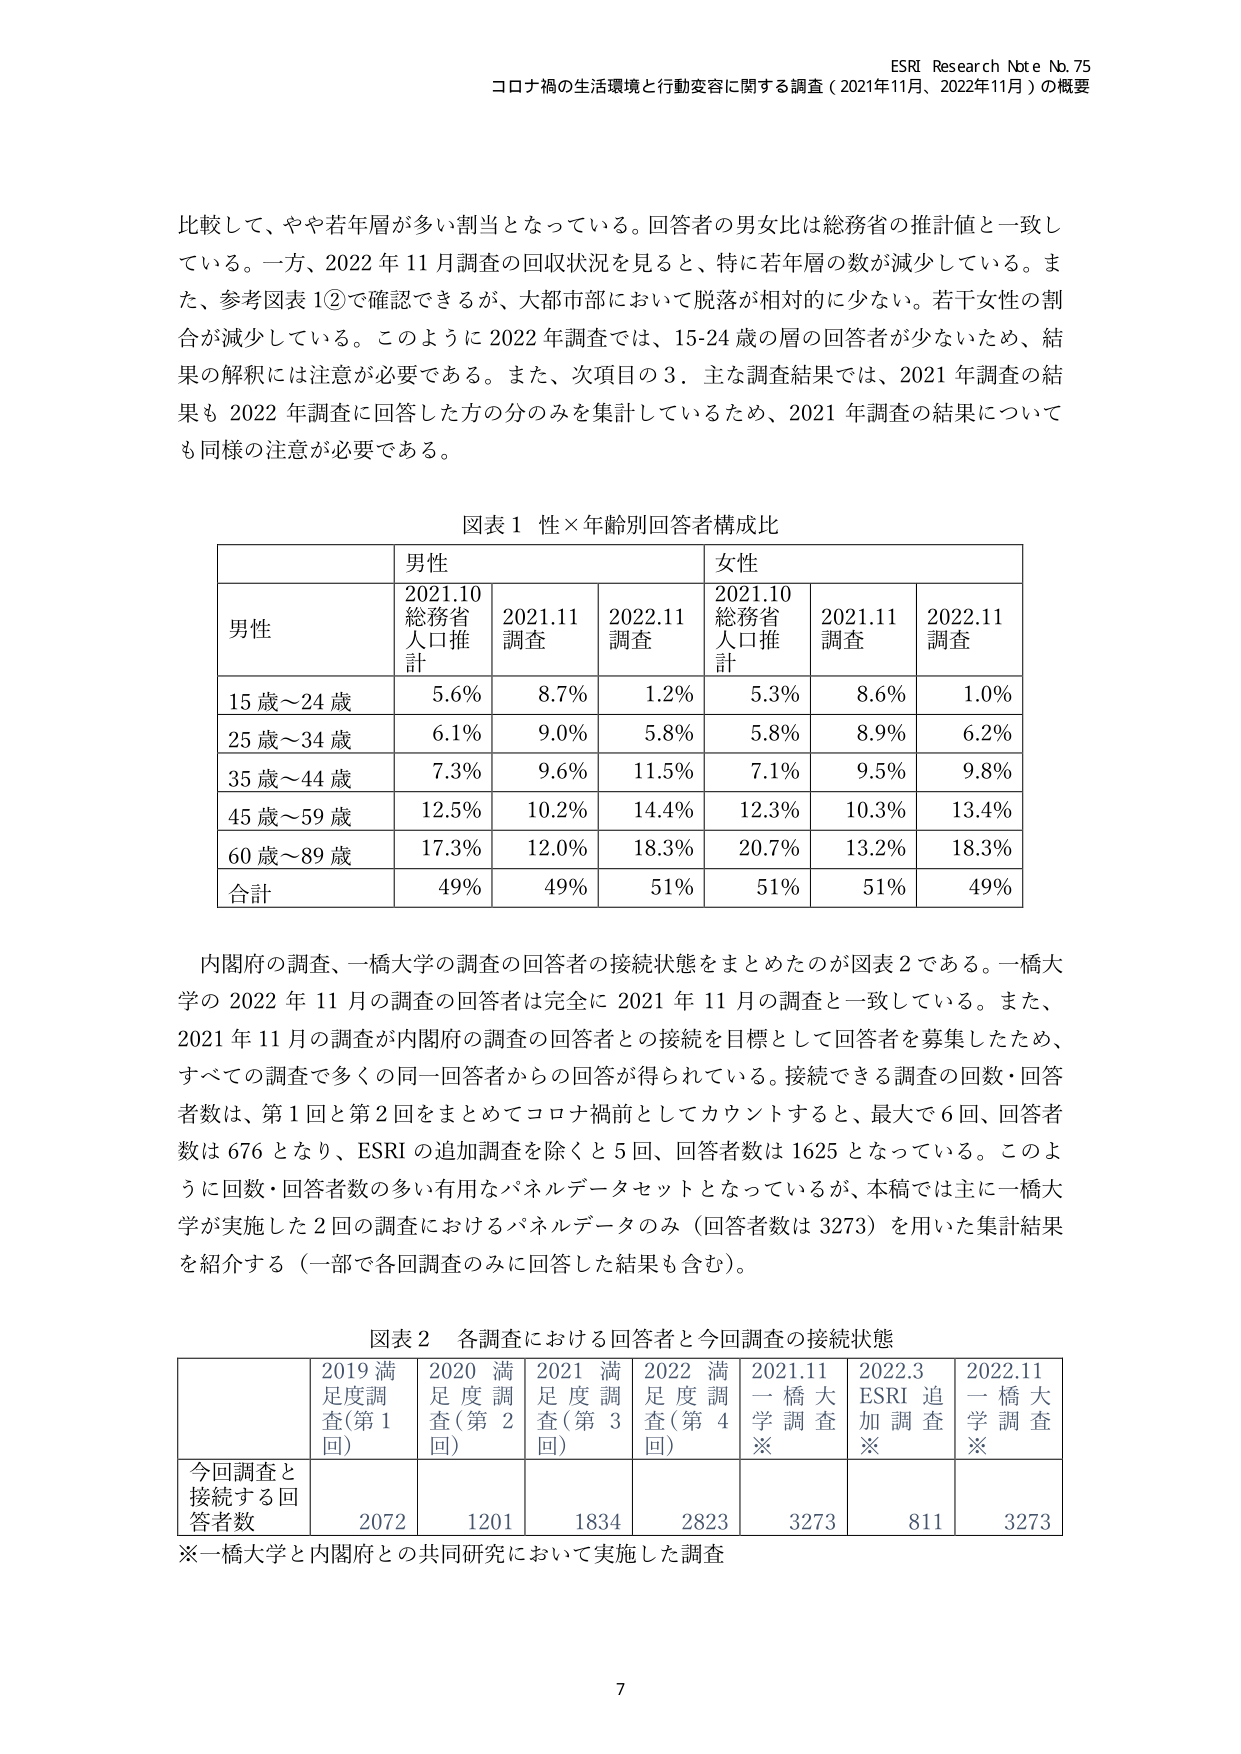
ESRI Research Note No. 75
コロナ禍の生活環境と行動変容に関する調査（2021年11月、2022年11月）の概要

比較して、やや若年層が多い割当となっている。回答者の男女比は総務省の推計値と一致している。一方、2022年11月調査の回収状況を見ると、特に若年層の数が減少している。また、参考図表1②で確認できるが、大都市部において脱落が相対的に少ない。若干女性の割合が減少している。このように2022年調査では、15-24歳の層の回答者が少ないため、結果の解釈には注意が必要である。また、次項目の3．主な調査結果では、2021年調査の結果も2022年調査に回答した方の分のみを集計しているため、2021年調査の結果についても同様の注意が必要である。

図表1 性×年齢別回答者構成比

| | 男性 | | | 女性 | | |
|---|---|---|---|---|---|---|
| | 2021.10 総務省人口推計 | 2021.11 調査 | 2022.11 調査 | 2021.10 総務省人口推計 | 2021.11 調査 | 2022.11 調査 |
| 男性 | | | | | | |
| 15歳～24歳 | 5.6% | 8.7% | 1.2% | 5.3% | 8.6% | 1.0% |
| 25歳～34歳 | 6.1% | 9.0% | 5.8% | 5.8% | 8.9% | 6.2% |
| 35歳～44歳 | 7.3% | 9.6% | 11.5% | 7.1% | 9.5% | 9.8% |
| 45歳～59歳 | 12.5% | 10.2% | 14.4% | 12.3% | 10.3% | 13.4% |
| 60歳～89歳 | 17.3% | 12.0% | 18.3% | 20.7% | 13.2% | 18.3% |
| 合計 | 49% | 49% | 51% | 51% | 51% | 49% |

内閣府の調査、一橋大学の調査の回答者の接続状態をまとめたのが図表2である。一橋大学の2022年11月の調査の回答者は完全に2021年11月の調査と一致している。また、2021年11月の調査が内閣府の調査の回答者との接続を目標として回答者を募集したため、すべての調査で多くの同一回答者からの回答が得られている。接続できる調査の回数・回答者数は、第1回と第2回をまとめてコロナ禍前としてカウントすると、最大で6回、回答者数は676となり、ESRIの追加調査を除くと5回、回答者数は1625となっている。このように回数・回答者数の多い有用なパネルデータセットとなっているが、本稿では主に一橋大学が実施した2回の調査におけるパネルデータのみ（回答者数は3273）を用いた集計結果を紹介する（一部で各回調査のみに回答した結果も含む）。

図表2 各調査における回答者と今回調査の接続状態

| | 2019満足度調査(第1回) | 2020満足度調査(第2回) | 2021満足度調査(第3回) | 2022満足度調査(第4回) | 2021.11一橋大学調査※ | 2022.3 ESRI追加調査※ | 2022.11一橋大学調査※ |
|---|---|---|---|---|---|---|---|
| 今回調査と接続する回答者数 | 2072 | 1201 | 1834 | 2823 | 3273 | 811 | 3273 |

※一橋大学と内閣府との共同研究において実施した調査

7